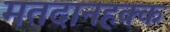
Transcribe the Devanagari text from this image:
मतदानहक्क